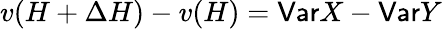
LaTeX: v(H+\Delta H)-v(H)=\mathsf{Var}X-\mathsf{Var}Y